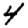
Digit: 4